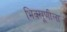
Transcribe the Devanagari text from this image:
भिक्खूणीला